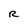
Character: R